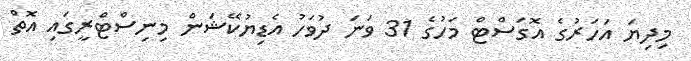
މިދިޔަ އަހަރުގެ އޮގަސްޓް މަހުގެ 31 ވަނަ ދުވަހު އެޑިޔުކޭޝަން މިނިސްޓްރީގައި އޮތް